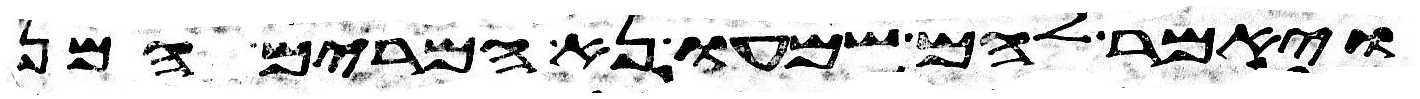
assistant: ויאמר להם שמעו נא המרים המן